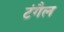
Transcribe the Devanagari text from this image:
टंगैल